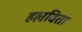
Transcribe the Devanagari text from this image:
हलविता